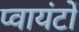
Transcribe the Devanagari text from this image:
प्वायंटों